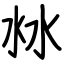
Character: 沝